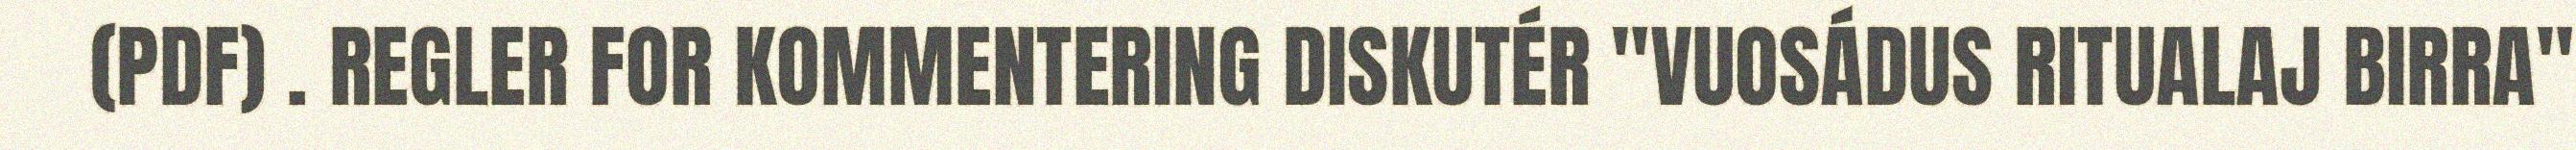
(PDF) . REGLER FOR KOMMENTERING DISKUTÉR "VUOSÁDUS RITUALAJ BIRRA"